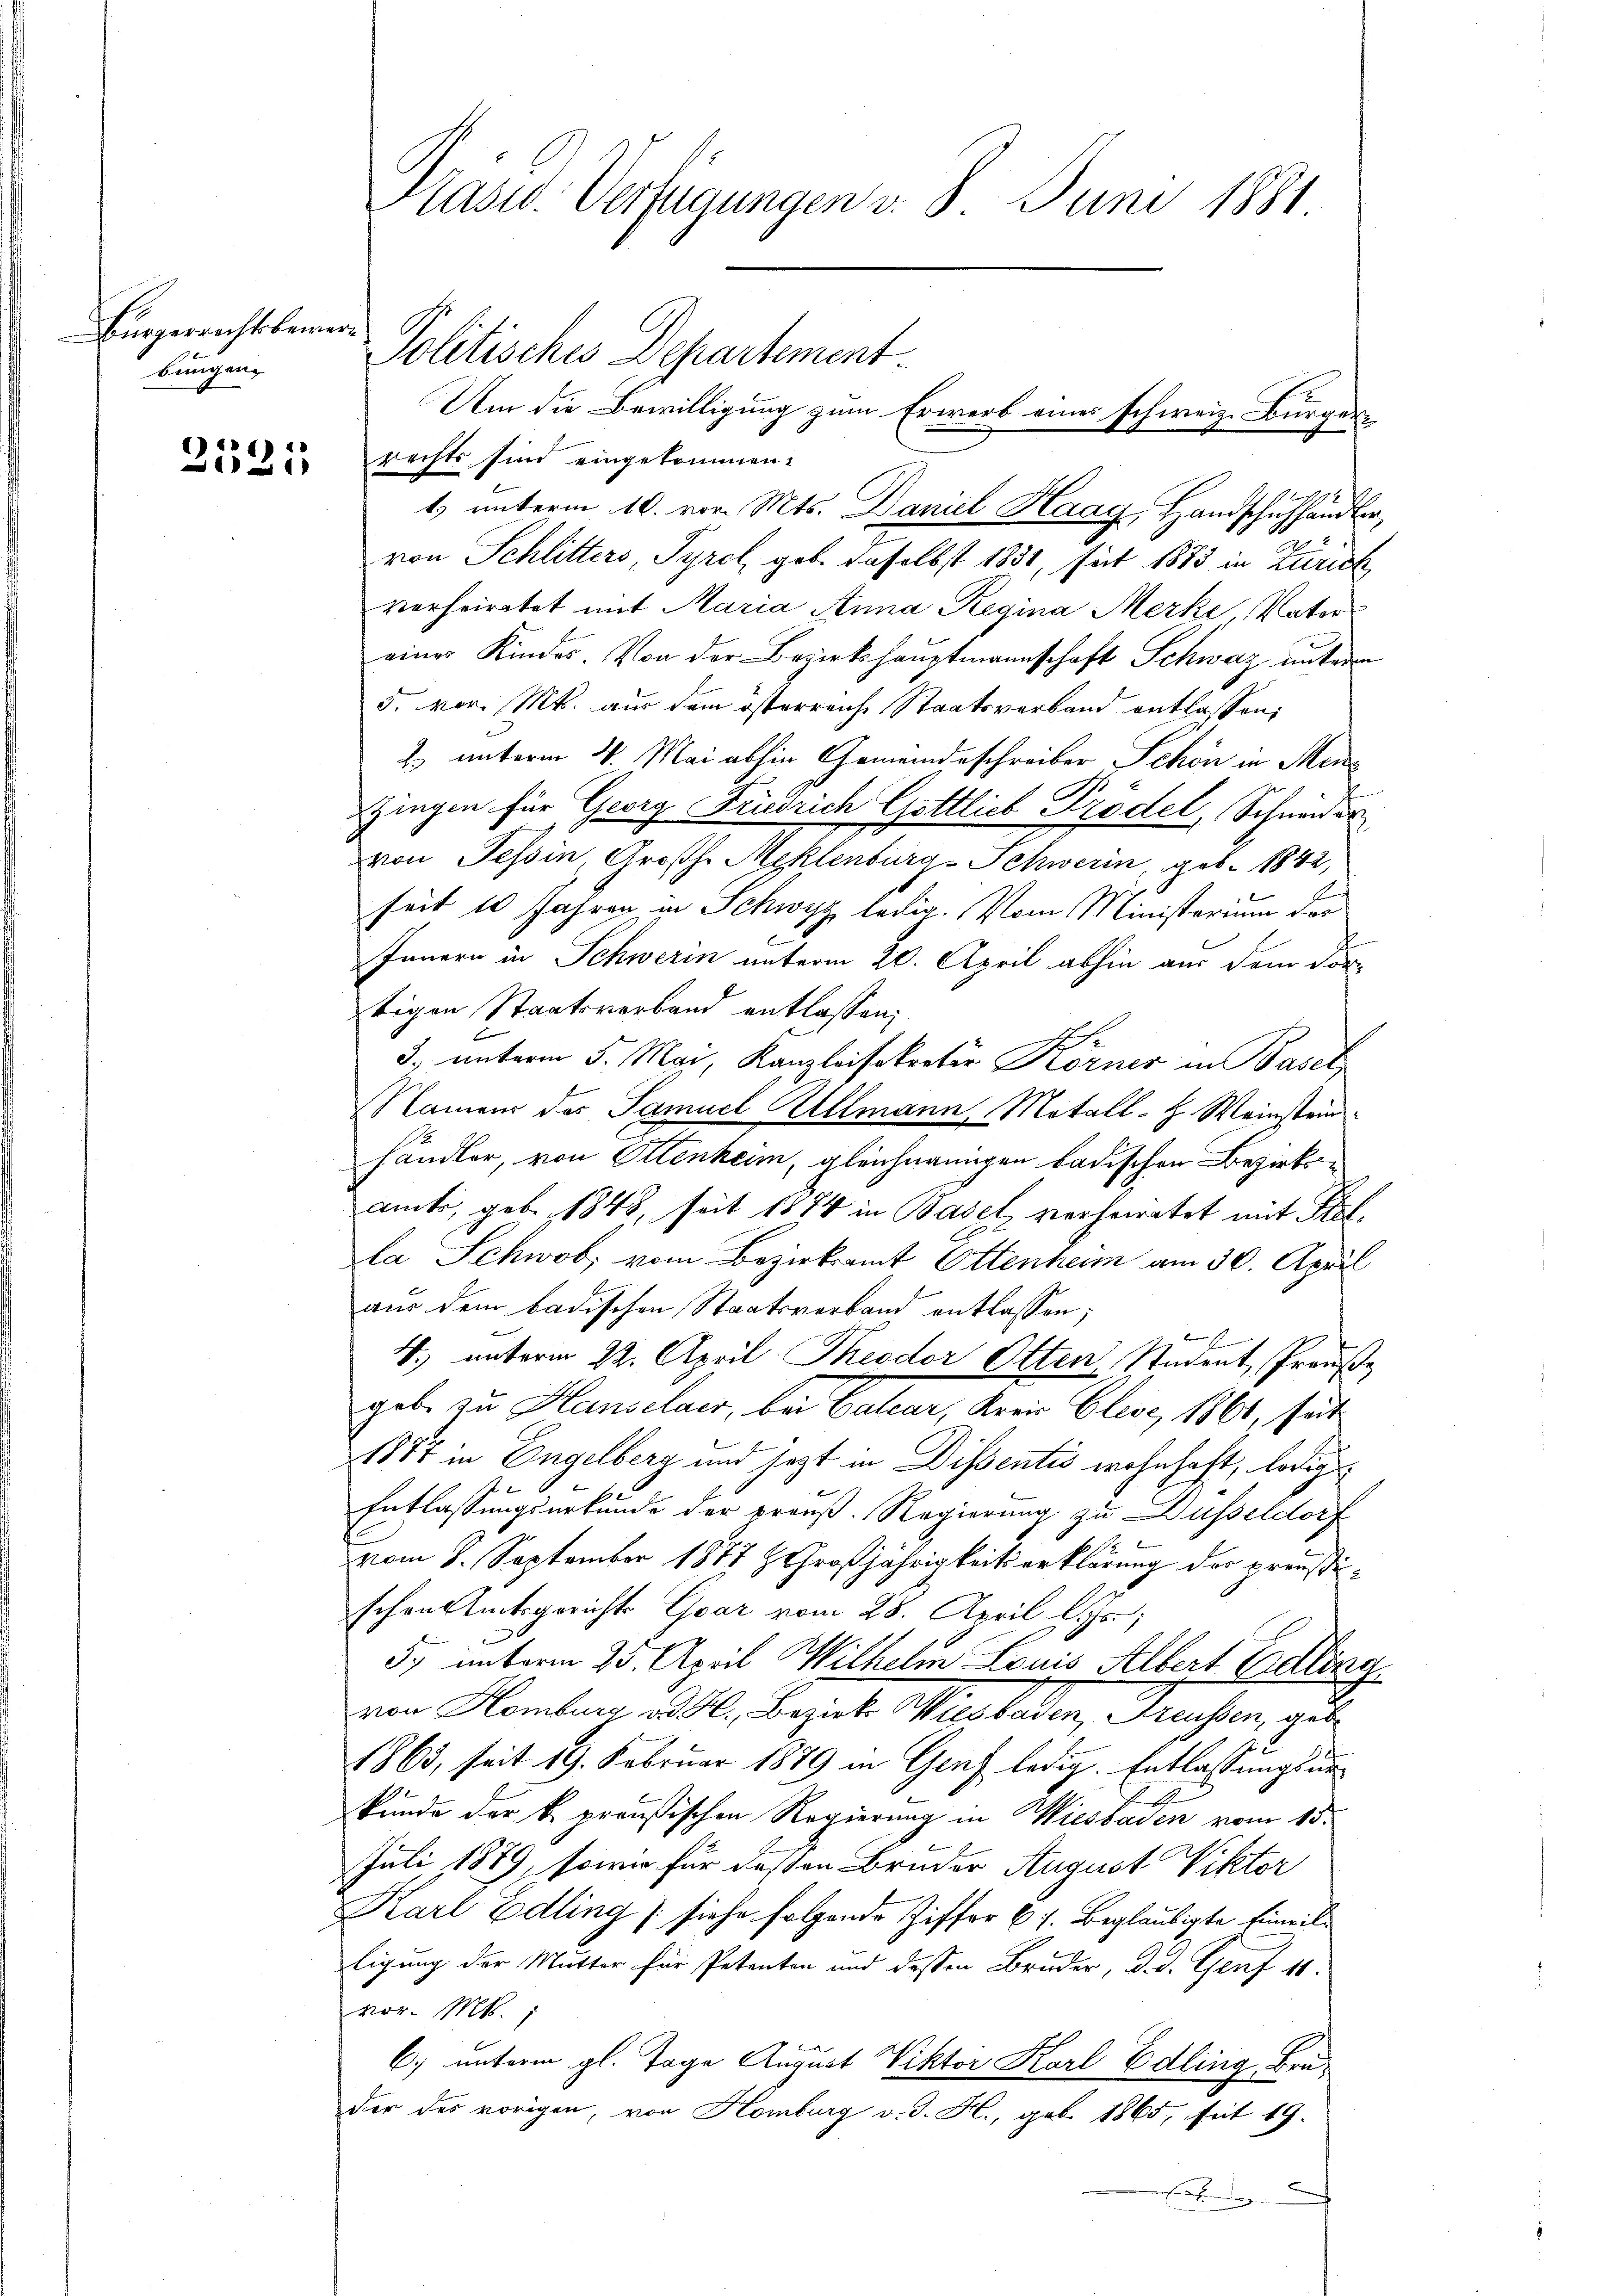
Bürgerrechtsbewerbungen

14
111

rechts sind eingekommen.
1) unterm 10. vor. Mts. Daniel Haag, Handschuhhändler,
von Schlitters, Tyrol geb. daselbst 1831, seit 1873 in Zürich,
verheiratet mit Maria Anna Regina Merke Vater
einer Kindes. Von der Bezirkshauptmannschaft Schweiz unterm
5. vor. Mts. aus dem österreiche Staatsverband entlassen,
2. unterm 4. Mai abhin Gemeindeschreiber Schön in Menf
zingen für Georg Friedrich Gottlich Prödel, Schneider
von Tessin Großh. Meklenburg-Schwerin, geb. 1842,
seit 10 Jahren in Schwyz, ledig. Vom Ministerium der
Innern in Schwerin unterm 20. April abhin aus dem Vor-
tigen Staatsverband entlassen,
c
3. unterm 5. Mai, Kanzleisekretär Körner in Basel
Namens des Samuel Allmann, Metall-H. Weinsteinhändler, von Ottenheim, gleichnangen badischen Bezirksamts, geb. 1848, seit 1874 in Basel verheiratet mit Stella Schwab, vom Bezirksamt Ottenheim am 30. April
aus dem badischen Staatsverband entlassen;
.
4. unterm 22. April Theodor Otten Student, Preuße
gebe zu Hauselaer, bei Calcar, Kreis Elise, 1861, seit
1877 in Engelberg und jetzt in Dissentis wohnhaft, ledig
Entlassungsurkunde der preuß. Regierung zu Düsseldorf
vom 8. September 1877 & Großjährigkeitserklärung der preußischen Amtsgerichts Evar vom 28. April l. Js.,
5. unterm 25. April Wilhelm Louis Albert Endling
von Homberg d. d. Bezirke Wiesbaden, Trusen, gut
1863, seit 19. Februar 1879 in Genf ledig. Entlassungsar¬
I.
kunde der k. preußischen Regierung in Wiesbaden vom 15.
2
Juli 1879, sowie für deßen Bruder August Viktor
Karl Edling (siehe folgende Ziffer 67. Beglaubigte Einwilligung der Mutter für Petenten und dessen Bruder, d. d. Genf 11.
vor. Mts.
6) unterm gl. Tage August Viktor Karl Edling, Bruder des vorigen, von Homburg v. J. H., geb. 1865, seit 19.
.

Präsid. Verfügungen v. 8. Juni 1881

Politisches Departement.
Um die Bewilligung zum Erwerb eines schweiz. Bürger¬